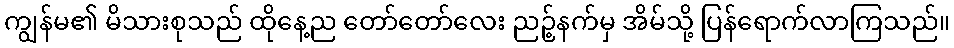
ကျွန်မ၏ မိသားစုသည် ထိုနေ့ည တော်တော်လေး ညဉ့်နက်မှ အိမ်သို့ ပြန်ရောက်လာကြသည်။